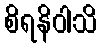
စိရနိဝါသိ